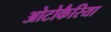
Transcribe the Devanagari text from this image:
ओटोकैरिया